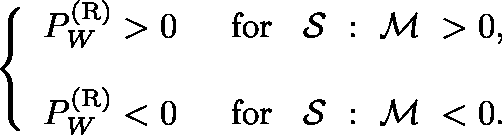
\left\{ { \begin{array} { l l } { P _ { W } ^ { ( \mathrm { { R } } ) } > 0 \; \; } & { \mathrm { f o r } \; \; \mathrm { \boldmath ~ { \cal { S } } ~ } : \mathrm { \boldmath ~ { \cal { M } } ~ } > 0 , } \\ { P _ { W } ^ { ( { \mathrm { R } } ) } < 0 \; \; } & { \mathrm { f o r } \; \; \mathrm { \boldmath ~ { \cal { S } } ~ } : \mathrm { \boldmath ~ { \cal { M } } ~ } < 0 . \rule { 0 ex } { 5 ex } } \end{array} } \right.